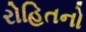
રોહિતનો